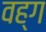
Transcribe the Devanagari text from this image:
वह्ग